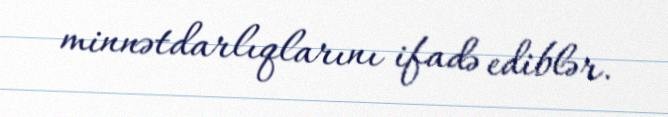
minnətdarlıqlarını ifadə ediblər.